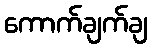
ကောက်ချက်ချ